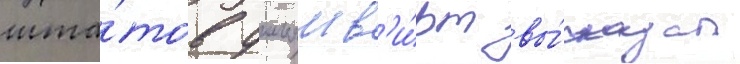
шта́тов уильям в'и́рт вы́сказал